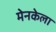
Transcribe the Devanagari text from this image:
मेनकेला